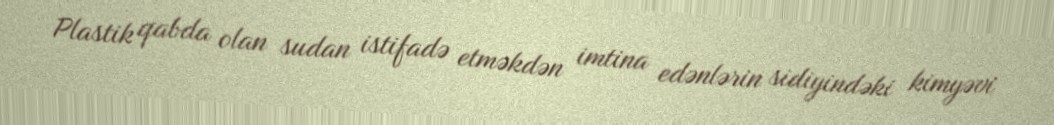
Plastik qabda olan sudan istifadə etməkdən imtina edənlərin sidiyindəki kimyəvi